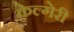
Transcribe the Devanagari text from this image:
केल्गेरी